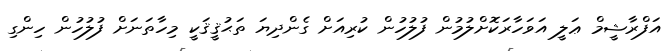
އަފްރާޝީމް ޢަލީ އަވަހާރަކޮށްލުމުން ފުލުހުން ކުރިއަށް ގެންދިޔަ ތަޙުޤީޤަކީ މިހާތަނަށް ފުލުހުން ހިންގި